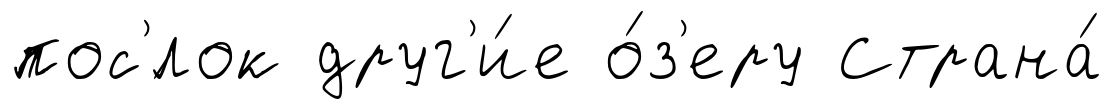
пос'́лок друг'и́е о́з'еру Страна́